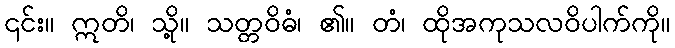
၎င်း။ ဣတိ၊ သို့။ သတ္တဝိဓံ၊ ၏။ တံ၊ ထိုအကုသလဝိပါက်ကို။